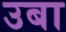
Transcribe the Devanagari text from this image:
उबा